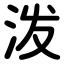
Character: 泼